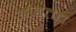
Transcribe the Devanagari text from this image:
झडतच